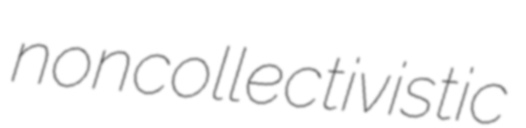
noncollectivistic